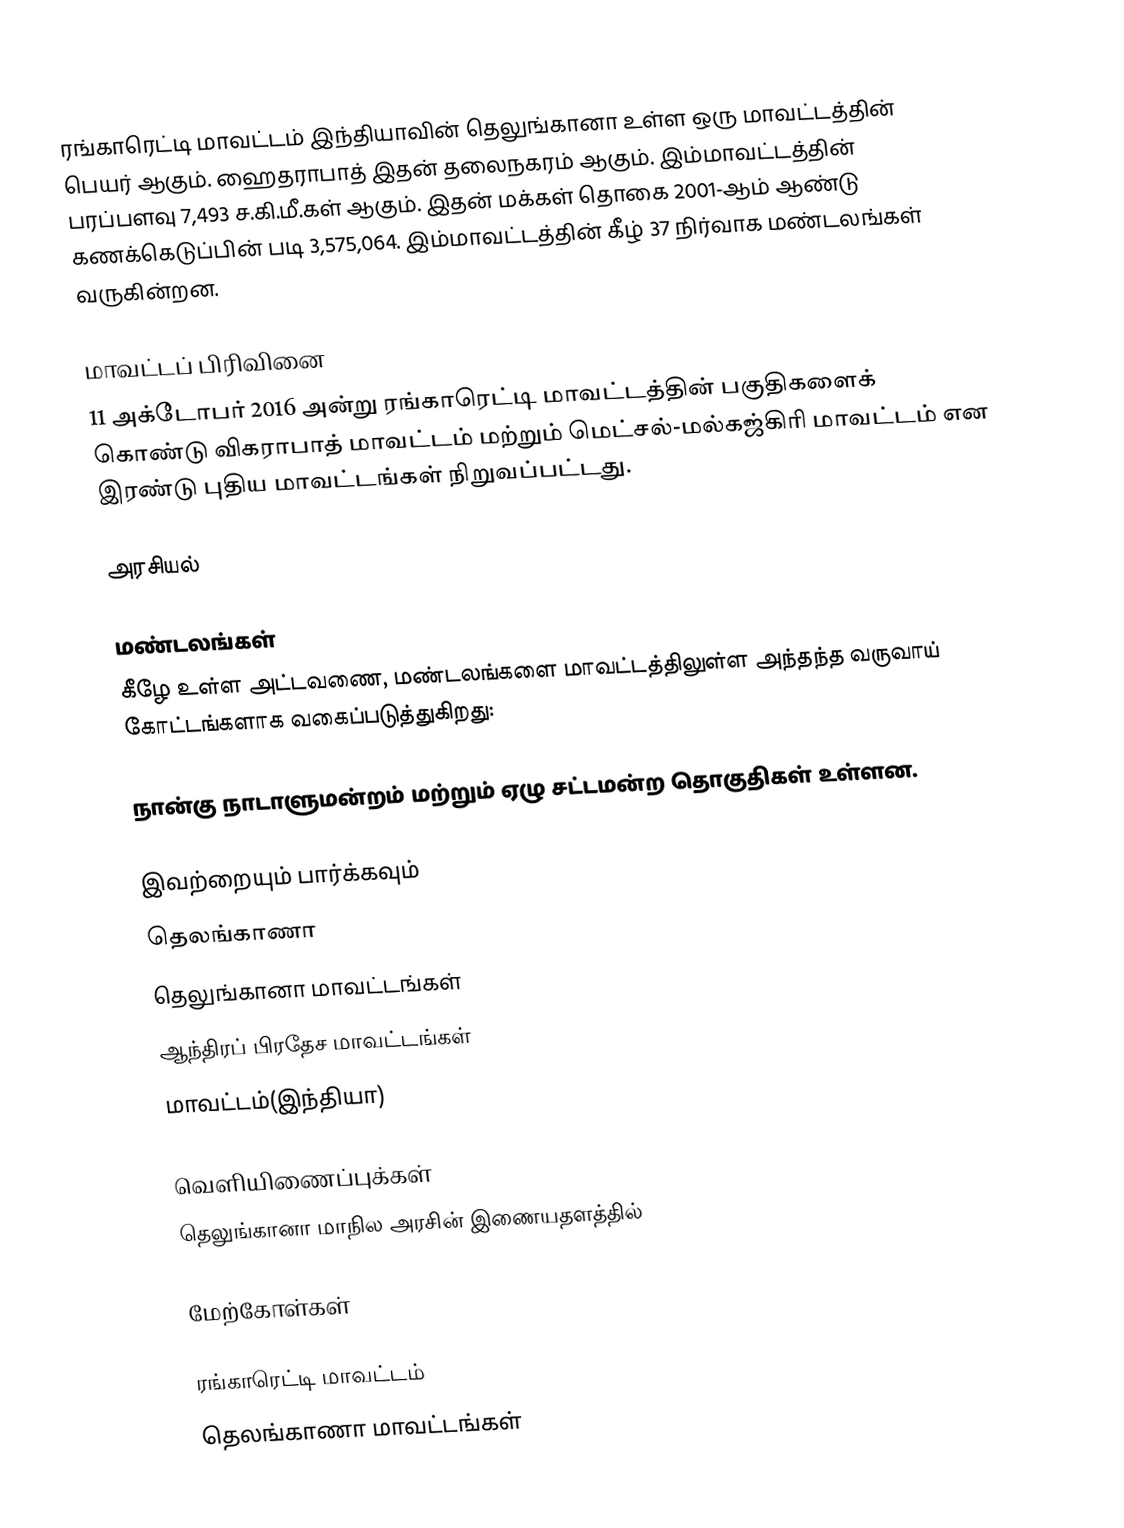
ரங்காரெட்டி மாவட்டம் இந்தியாவின் தெலுங்கானா உள்ள ஒரு மாவட்டத்தின் பெயர் ஆகும். ஹைதராபாத் இதன் தலைநகரம் ஆகும். இம்மாவட்டத்தின் பரப்பளவு 7,493 ச.கி.மீ.கள் ஆகும். இதன் மக்கள் தொகை 2001-ஆம் ஆண்டு கணக்கெடுப்பின் படி 3,575,064. இம்மாவட்டத்தின் கீழ் 37 நிர்வாக மண்டலங்கள் வருகின்றன.

மாவட்டப் பிரிவினை
11 அக்டோபர் 2016 அன்று ரங்காரெட்டி மாவட்டத்தின் பகுதிகளைக் கொண்டு விகராபாத் மாவட்டம் மற்றும் மெட்சல்-மல்கஜ்கிரி மாவட்டம் என  இரண்டு புதிய மாவட்டங்கள் நிறுவப்பட்டது.

அரசியல்

மண்டலங்கள்
கீழே உள்ள அட்டவணை, மண்டலங்களை மாவட்டத்திலுள்ள அந்தந்த வருவாய் கோட்டங்களாக வகைப்படுத்துகிறது:

நான்கு நாடாளுமன்றம் மற்றும் ஏழு சட்டமன்ற தொகுதிகள் உள்ளன.

இவற்றையும் பார்க்கவும்
 தெலங்காணா
 தெலுங்கானா மாவட்டங்கள்
 ஆந்திரப் பிரதேச மாவட்டங்கள்
 மாவட்டம்(இந்தியா)

வெளியிணைப்புக்கள்
 தெலுங்கானா மாநில அரசின் இணையதளத்தில்

மேற்கோள்கள்

ரங்காரெட்டி மாவட்டம்
தெலங்காணா மாவட்டங்கள்